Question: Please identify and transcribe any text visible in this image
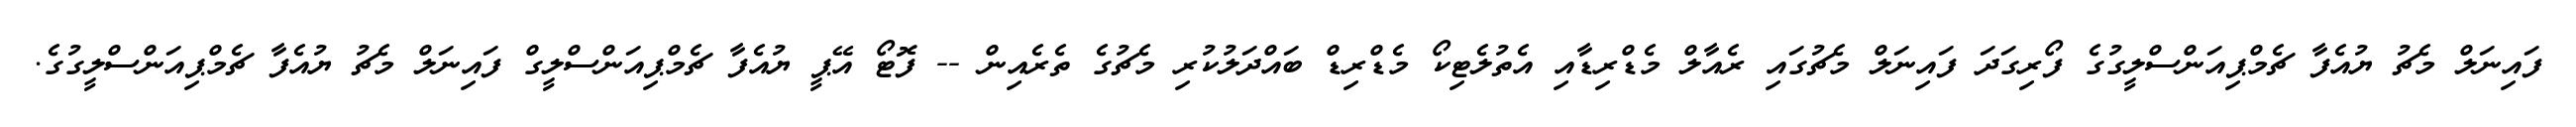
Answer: ފައިނަލް މެޗު ޔުއެފާ ޗެމްޕިއަންސްލީގުގެ ފޯރިގަދަ ފައިނަލް މެޗުގައި ރެއާލް މެޑްރިޑާއި އެތުލެޓިކޯ މެޑްރިޑް ބައްދަލުކުރި މެޗުގެ ތެރެއިން -- ފޮޓޯ އޭޕީ ޔުއެފާ ޗެމްޕިއަންސްލީގް ފައިނަލް މެޗު ޔުއެފާ ޗެމްޕިއަންސްލީގުގެ.